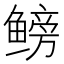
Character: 鳑